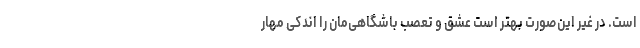
است. در غیر این‌صورت بهتر است عشق و تعصب باشگاهی‌مان را اندکی مهار